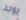
يوجد